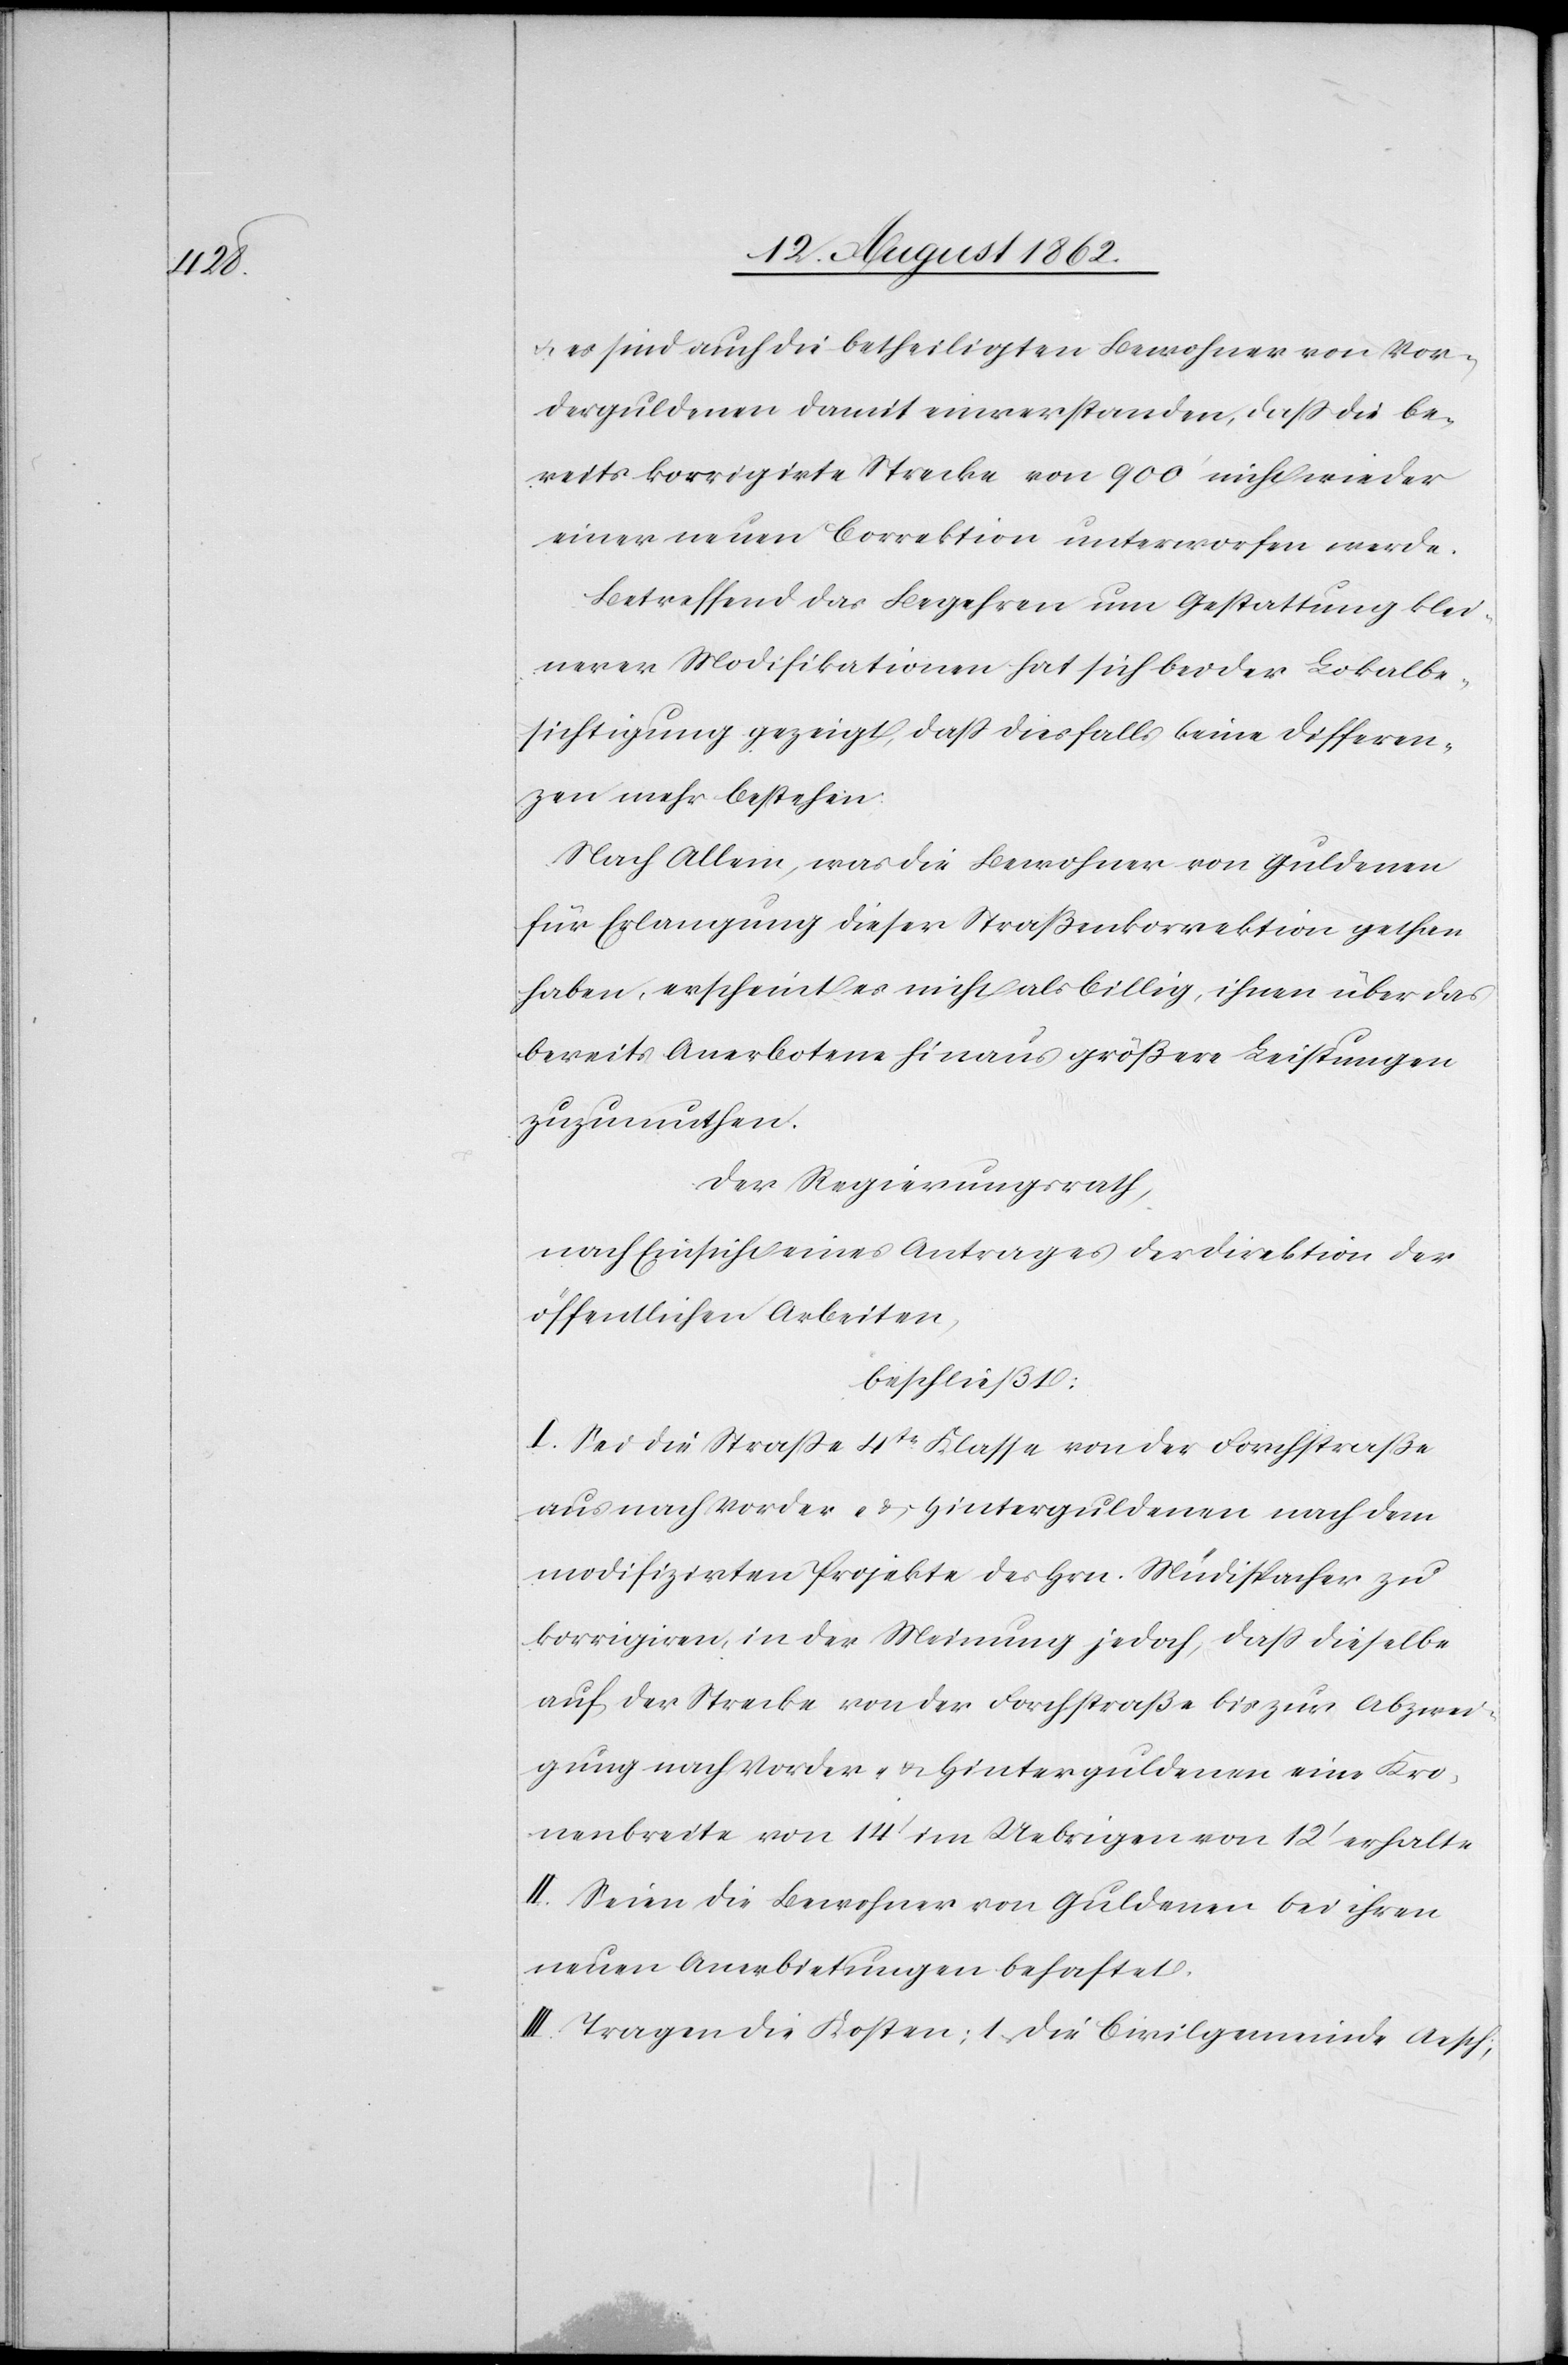
halte.

u. es sind auch die betheiligten Bewohner von Vor¬
derguldenen damit einverstanden, daß die be¬
reits korrigirte Strecke von 900’ nicht wieder
einer neuen Correktion unterworfen werde.
Betreffend das Begehren um Gestattung klei¬
nerer Modifikationen hat sich bei der Lokalbe¬
sichtigung gezeigt, daß diesfalls keine Differen¬
zen mehr bestehen.
Nach Allem, was die Bewohner von Guldenen
für Erlangung dieser Straßenkorrektion gethan
haben, erscheint es nicht als billig, ihnen über das
bereits Anerbotene hinaus größere Leistungen
zuzumuthen.
Der Regierungsrath,
nach Einsicht eines Antrages der Direktion der
öffentlichen Arbeiten,
beschließt:
I. Sei die Straße 4tr Klasse von der Forchstraße
aus nach Vorder- u. Hinterguldenen nach dem
modifizirten Projekte des Hrn. Müdispacher zu
korrigiren, in der Meinung jedoch, daß dieselbe
auf der Strecke von der Forschstraße bis zur Abzwei¬
gung nach Vorder- u. Hinterguldenen 12’ er¬
II. Seien die Bewohner von Guldenen bei ihren
neuen Anerbietungen behaftet.
III. Tragen die Kosten: 1. die Civilgemeinde Aesch;